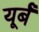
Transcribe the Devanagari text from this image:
यूर्बँ